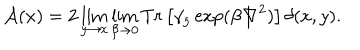
{ \cal A } ( x ) = 2 \lim _ { y \rightarrow x } \lim _ { \beta \rightarrow 0 } T r \left[ { \gamma } _ { 5 } \exp ( \beta { \not \! \nabla } ^ { 2 } ) \right] { \delta } ( x , y ) .